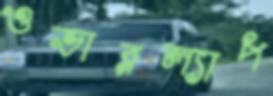
ওভারল্যাপ